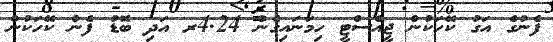
ފެނުގެ އަގު ކޭހަކުން ޖީއެސްޓީ ހިމަނައިގެން 4.24ރ އަދި ބޮޑު ފެން ކޭހަކުން